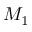
M _ { 1 }